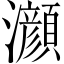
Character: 𤄰